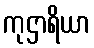
ကုဌာရိယာ